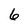
Character: 6